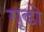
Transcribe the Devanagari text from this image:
गूढो